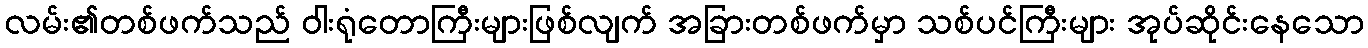
လမ်း၏တစ်ဖက်သည် ဝါးရုံတောကြီးများဖြစ်လျက် အခြားတစ်ဖက်မှာ သစ်ပင်ကြီးများ အုပ်ဆိုင်းနေသော